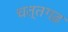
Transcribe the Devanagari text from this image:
चत्तगढ़